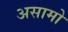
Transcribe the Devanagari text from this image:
असामो